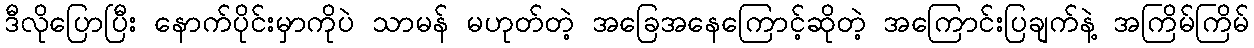
ဒီလိုပြောပြီး နောက်ပိုင်းမှာကိုပဲ သာမန် မဟုတ်တဲ့ အခြေအနေကြောင့်ဆိုတဲ့ အကြောင်းပြချက်နဲ့ အကြိမ်ကြိမ်